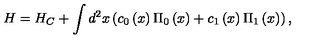
H = H _ { C } + \int { d ^ { 2 } } x \left( { c _ { 0 } \left( x \right) \Pi _ { 0 } \left( x \right) + c _ { 1 } \left( x \right) \Pi _ { 1 } \left( x \right) } \right) ,